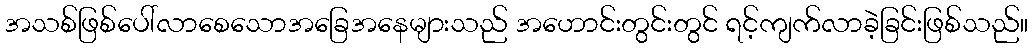
အသစ်ဖြစ်ပေါ်လာစေသောအခြေအနေများသည် အဟောင်းတွင်းတွင် ရင့်ကျက်လာခဲ့ခြင်းဖြစ်သည်။